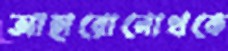
আহারোনোথকে